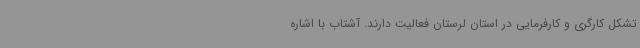
تشکل کارگری و کارفرمایی در استان لرستان فعالیت دارند. آشتاب با اشاره